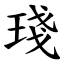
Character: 琖